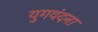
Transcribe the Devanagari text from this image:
युगवंदना